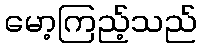
မော့ကြည့်သည်